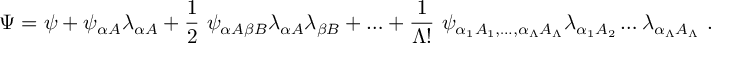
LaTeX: \Psi = \psi + \psi _ { \alpha A } \lambda _ { \alpha A } + \frac { 1 } { 2 } \ \psi _ { \alpha A \beta B } \lambda _ { \alpha A } \lambda _ { \beta B } + { \dots } + \frac { 1 } { \Lambda ! } \ \psi _ { \alpha _ { 1 } A _ { 1 } , \dots , \alpha _ { \Lambda } A _ { \Lambda } } \lambda _ { \alpha _ { 1 } A _ { 2 } } \dots \lambda _ { \alpha _ { \Lambda } A _ { \Lambda } } \ .